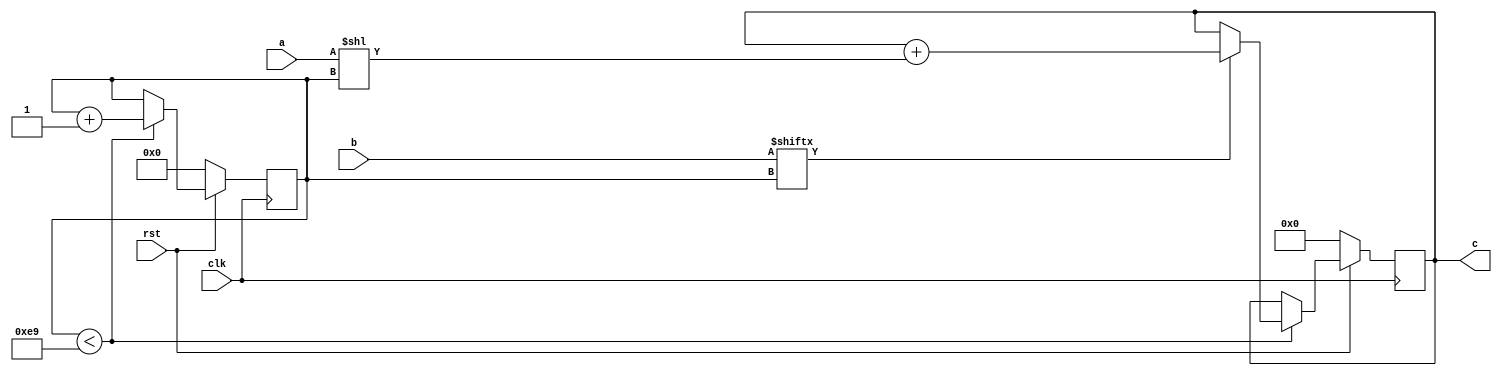
// TalTech large integer multiplier library
// Multiplier type: schoolbook
// Parameters: 233 233 1
// Target tool: genus
module schoolbook(clk, rst, a, b, c);
input clk;
input rst;
input [232:0] a;
input [232:0] b;
output reg [465:0] c;

// no pipeline vars
reg  [7:0] count;

always @(posedge clk) begin
	if (rst == 1'b0) begin
		c <= 466'd0;
		count <= 8'd0;
	end
	else begin
		if (count < 233) begin
			if (b[count] == 1) begin
				c <= c + (a << count);
			end
			count <= count + 1;
		end
	end
end
endmodule